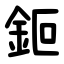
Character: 鉕